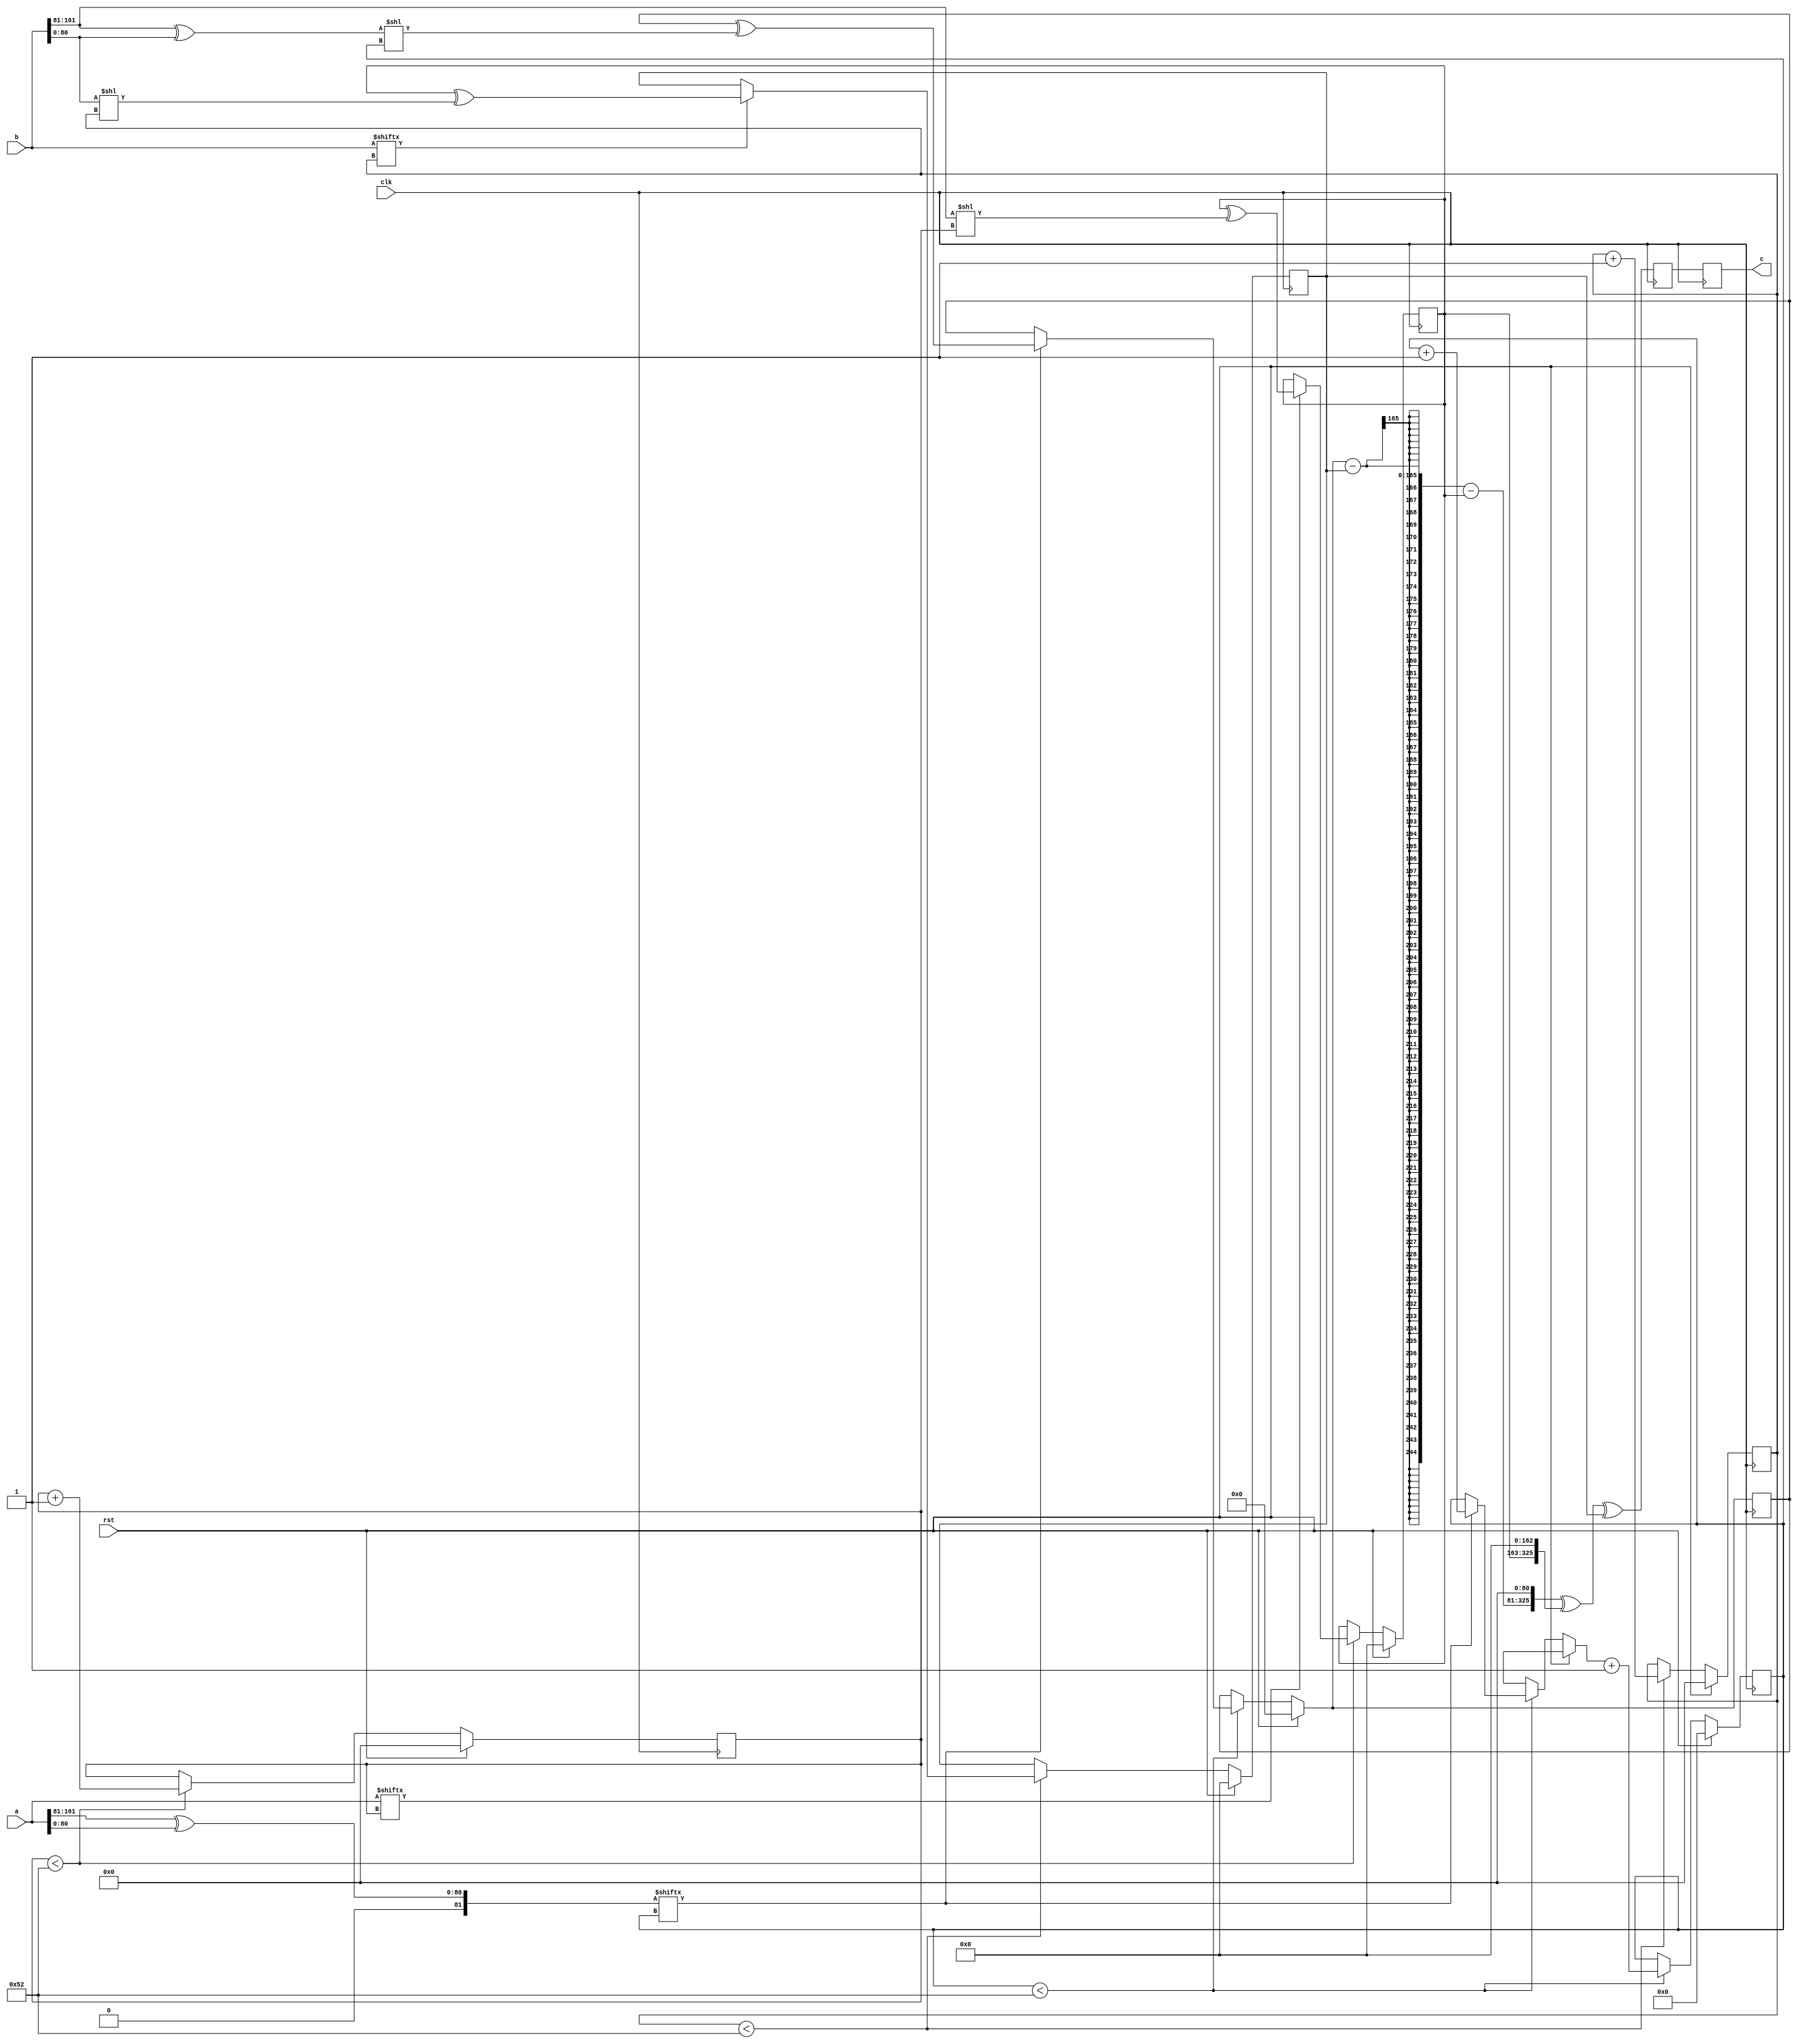
// TalTech large integer multiplier library
// Multiplier type: two_way_karatsuba
// Parameters: 163 163 2
// Target tool: genus
module two_way_karatsuba(clk, rst, a, b, c);
input clk;
input rst;
input [162:0] a;
input [162:0] b;
output reg [325:0] c;

reg [325:0] c_temp_1;

// Wires declaration 
wire  [80:0] a1;
wire  [80:0] b1;
wire  [80:0] c1;
wire  [80:0] d1;
wire  [81:0] sum_a1b1;
wire  [81:0] sum_c1d1;

// Registers declaration 
reg  [80:0] counter_a1c1;
reg  [80:0] counter_b1d1;
reg  [82:0] counter_sum_a1b1_c1d1;
reg  [162:0] mul_a1c1;
reg  [162:0] mul_b1d1;
reg  [164:0] mul_sum_a1b1_sum_c1d1;

// breaking the inputs into 4 parts of equal length
assign a1 = a[162:81];
assign b1 = a[80:0];
assign c1 = b[162:81];
assign d1 = b[80:0];
// Step-1 of 2-Way Karatsuba Multiplier
always @(posedge clk) begin
	if (rst) begin
		mul_a1c1 <= 163'd0;
		counter_a1c1 <= 81'd0;
	end
	else if (counter_a1c1 < 82) begin
		if (a[counter_a1c1] == 1'b1) begin
			mul_a1c1 <= mul_a1c1 ^ (c1 << counter_a1c1);
			counter_a1c1 <= counter_a1c1 + 1;
		end
		counter_a1c1 <= counter_a1c1 + 1;
	end
end

// Step-2 of 2-Way Karatsuba Multiplier
always @(posedge clk) begin
	if (rst) begin
		mul_b1d1 <= 163'd0;
		counter_b1d1 <= 81'd0;
	end
	else if (counter_b1d1 < 82) begin
		if (b[counter_b1d1] == 1'b1) begin
			mul_b1d1 <= mul_a1c1 ^ (d1 << counter_b1d1);
			counter_b1d1 <= counter_b1d1 + 1;
		end
		counter_b1d1 <= counter_b1d1 + 1;
	end
end

// Assignments to sum_a1b1 and sum_c1d1
assign sum_a1b1 = a1 ^ b1;
assign sum_c1d1 = c1 ^ d1;

// Step-3 of 2-Way Karatsuba Multiplier
always @(posedge clk) begin
	if (rst) begin
		c_temp_1 = 326'd0;
		mul_sum_a1b1_sum_c1d1 = 165'd0;
		counter_sum_a1b1_c1d1 = 83'd0;
	end
	else if (counter_sum_a1b1_c1d1 < 82) begin
		if (sum_a1b1[counter_sum_a1b1_c1d1] == 1'b1) begin
			mul_sum_a1b1_sum_c1d1 = mul_sum_a1b1_sum_c1d1 ^ (sum_c1d1 << counter_sum_a1b1_c1d1);
			counter_sum_a1b1_c1d1 = counter_sum_a1b1_c1d1 + 1;
		end
		counter_sum_a1b1_c1d1 = counter_sum_a1b1_c1d1 + 1;
	end
	c_temp_1 = mul_sum_a1b1_sum_c1d1 - mul_b1d1 - mul_a1c1;
	c_temp_1 = c_temp_1 << 81;
	c_temp_1 = c_temp_1 ^ (mul_a1c1 << 163);
	c_temp_1 = c_temp_1 ^ mul_b1d1;
end

// pipeline stages
always @(posedge clk) begin
	c <= c_temp_1;
end
endmodule